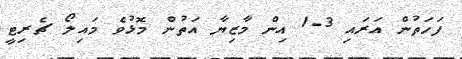
ފަހަތުން އަރައި 3-1 އިން މާޒިޔާ އަތުން މޮޅުވެ މައިލޯ ޗެރިޓީ